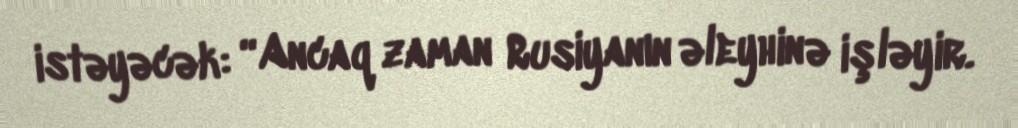
istəyəcək: “Ancaq zaman Rusiyanın əleyhinə işləyir.